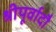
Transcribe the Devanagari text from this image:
श्रीपूर्वादौ